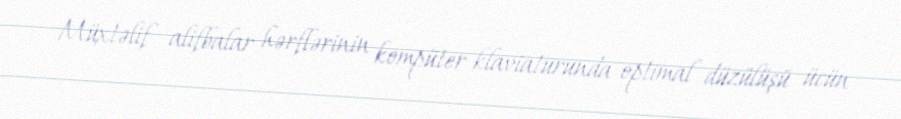
Müxtəlif alifbalar hərflərinin kompüter klaviaturunda optimal düzülüşü ücün